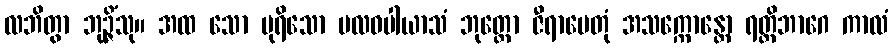
လဘိတွာ ဘုဉ္ဇိံသု။ အထ သော ပုရိသော ဗလဝပါယာသံ ဘုတ္တော ဇီရာပေတုံ အသက္ကောန္တော ရတ္တိဘာဂေ ကာလံ